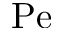
\mathrm { P e }